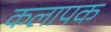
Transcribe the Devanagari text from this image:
कलापक